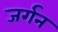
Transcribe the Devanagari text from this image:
जर्गन